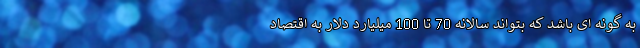
به گونه ای باشد که بتواند سالانه 70 تا 100 میلیارد دلار به اقتصاد